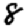
Digit: 8